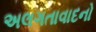
અલગતાવાદનો